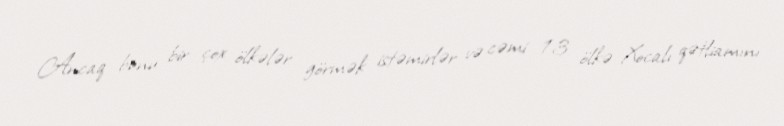
Ancaq bunu bir çox ölkələr görmək istəmirlər və cəmi 13 ölkə Xocalı qətliamını